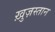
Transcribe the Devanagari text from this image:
ख़ुज़स्तान